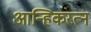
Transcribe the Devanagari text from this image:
आन्हिकरत्न